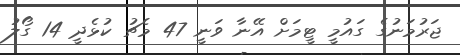
ޖަރުމަނުގެ ގައުމީ ޓީމަށް އޭނާ ވަނީ 47 މެޗު ކުޅެދީ 14 ގޯލު